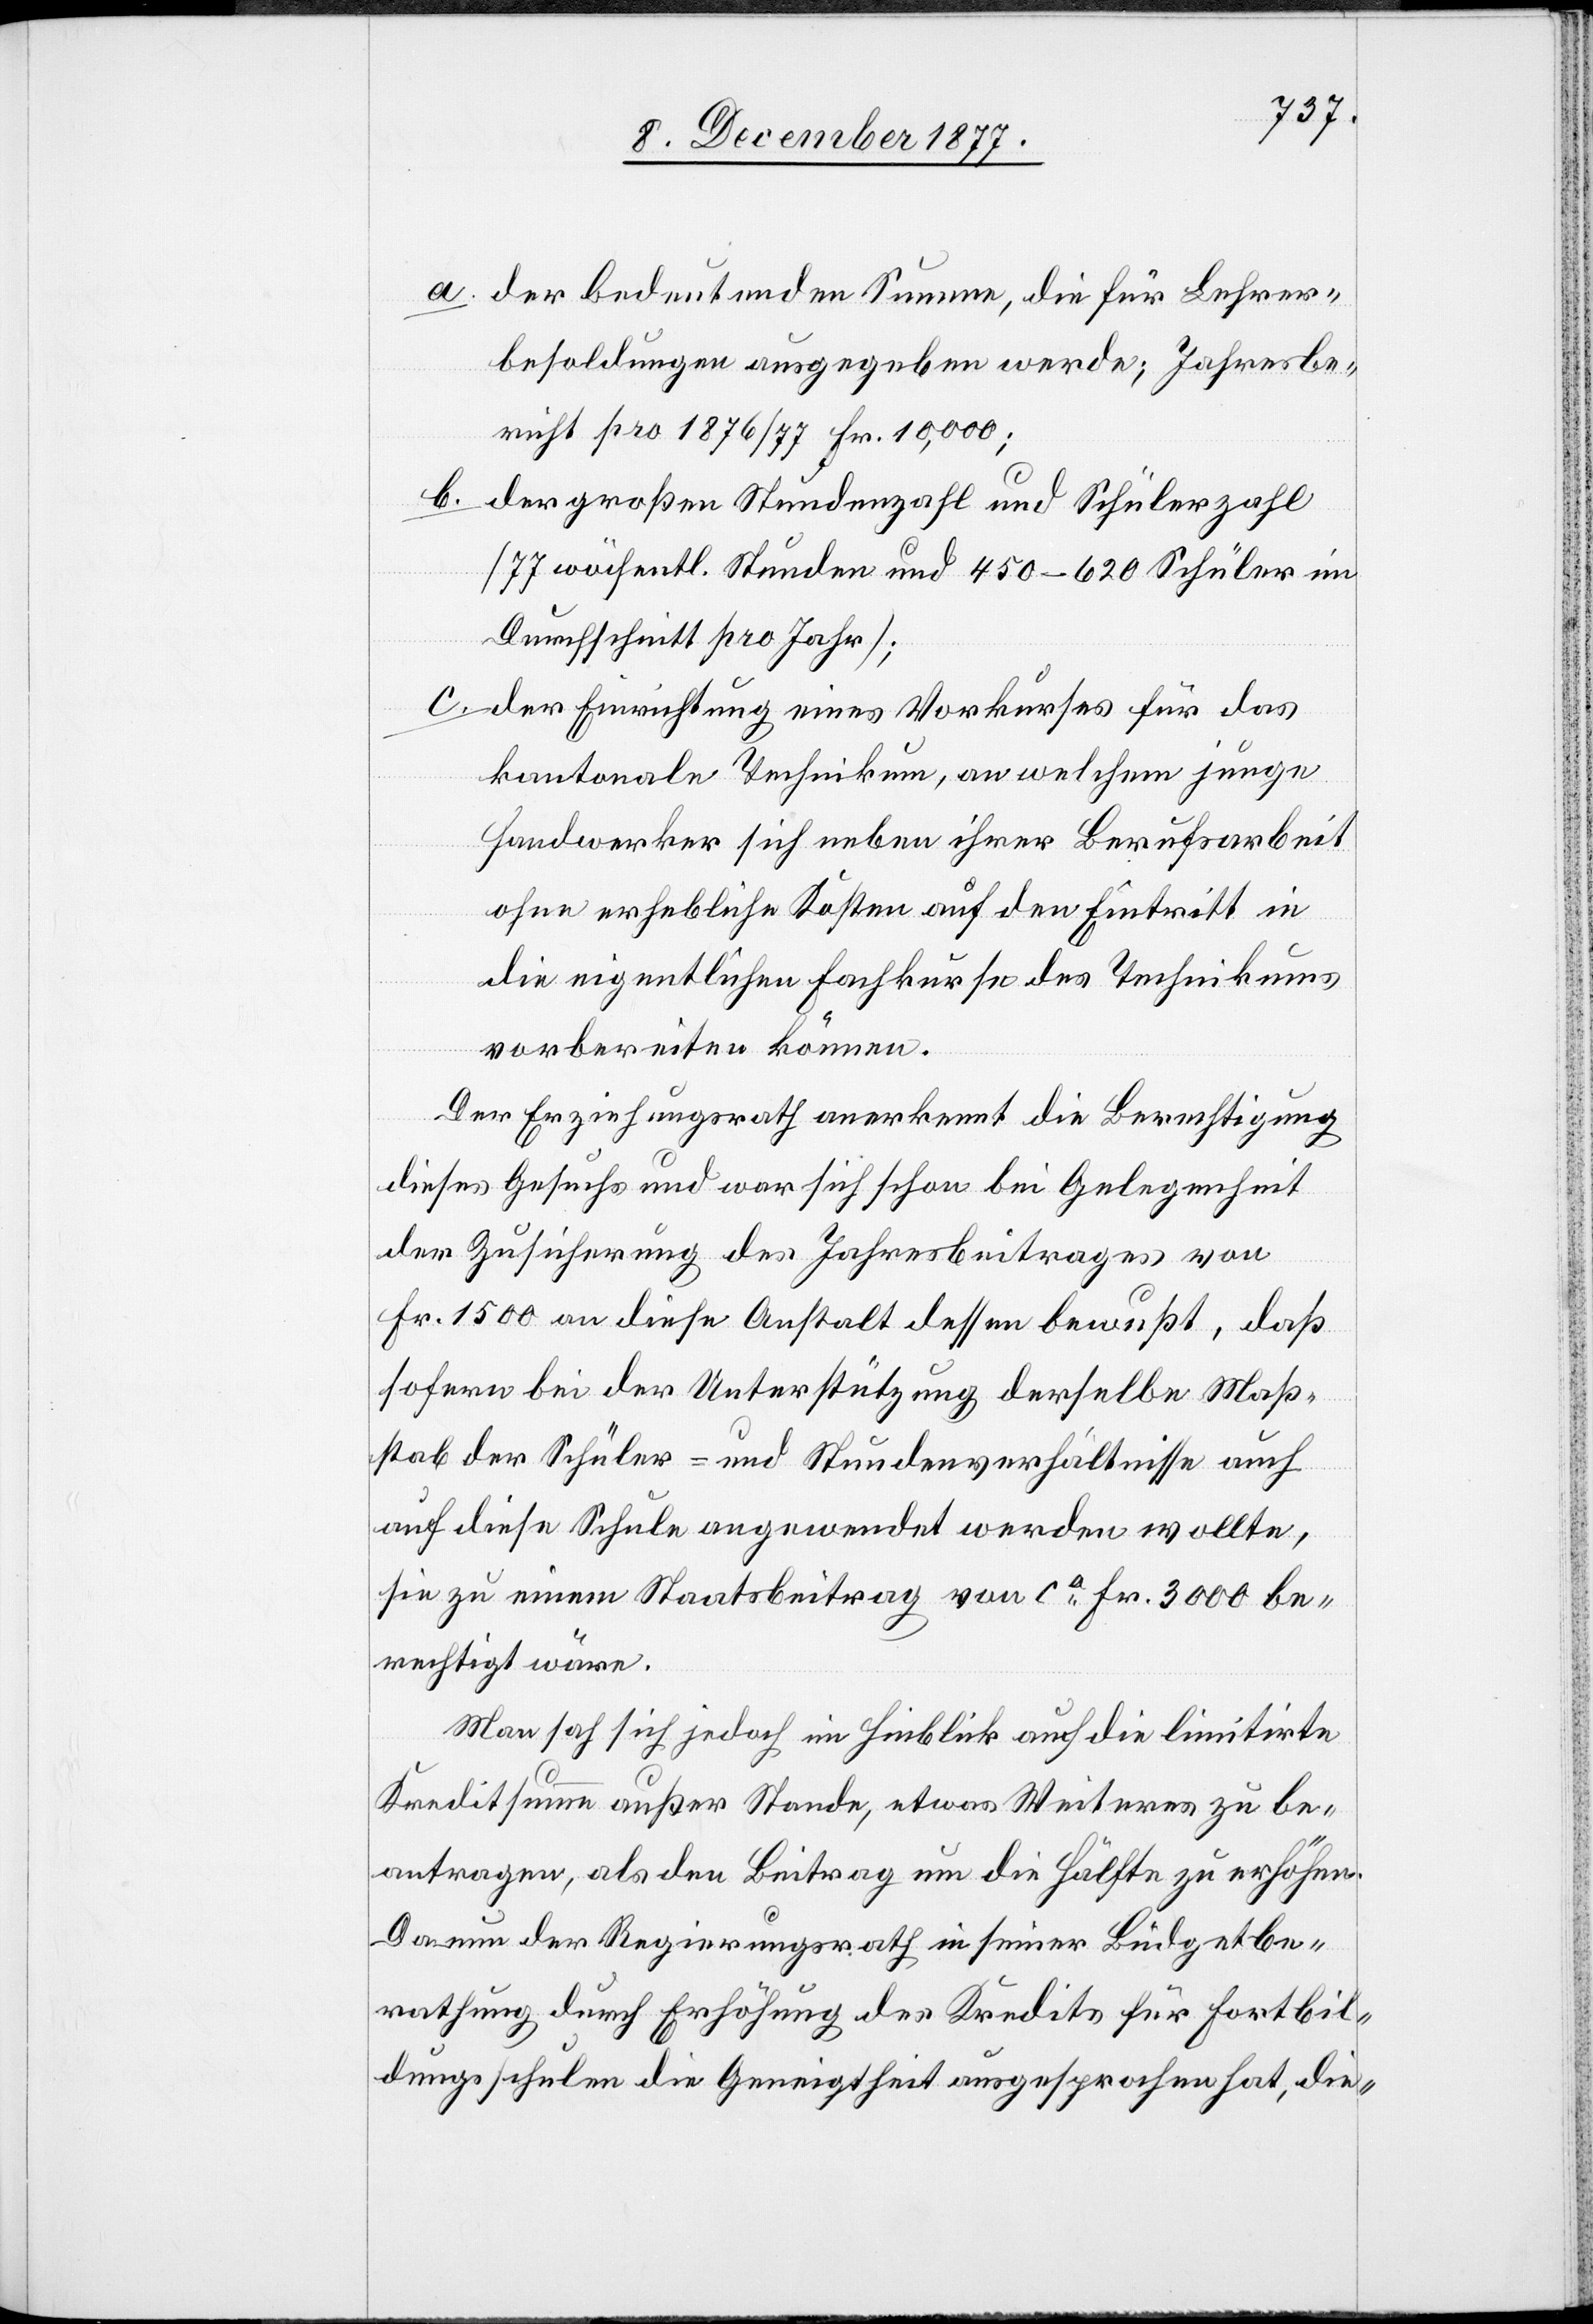
der bedeutenden Summe, die für Lehrer¬
besoldungen ausgegeben werde; Jahresbe¬
richt pro 1876/77 Fr. 10,000;
der großen Stundenzahl und Schülerzahl
b.
[77 wöchentl. Stunden und 450–620 Schüler im
Durchschnitt pro Jahr];
der Einrichtung eines Vorkurses für das
kantonale Technikum, an welchem junge
Handwerker sich neben ihrer Berufsarbeit
ohne erhebliche Kosten auf den Eintritt in
die eigentlichen Fachkurse des Technikums
vorbereiten können.
Der Erziehungsrath anerkennt die Berechtigung
dieses Gesuchs und war sich schon bei Gelegenheit
der Zusicherung des Jahresbeitrages von
Fr. 1500 an diese Anstalt dessen bewußt, daß
sofern bei der Unterstützung derselbe Maß¬
stab der Schüler- und Stundenverhältnisse auch
auf diese Schule angewendet werden wollte,
sie zu einem Staatsbeitrag von ca Fr. 3000 be¬
rechtigt wäre.
Man sah sich jedoch im Hinblick auf die limitirte
Kreditsumme außer Stande, etwas Weiteres zu be¬
antragen, als den Beitrag um die Hälfte zu erhöhen.
Da nun der Regierungsrath in seiner Büdgetbe¬
rathung durch Erhöhung des Kredits für Fortbil¬
dungsschulen die Geneigtheit ausgesprochen hat, die-